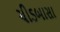
ચીડબાસા